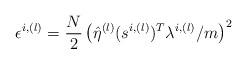
LaTeX: \begin{align*}\epsilon_{}^{i,(l)}=\frac{N}{2}\left(\hat{\eta}^{(l)}(s^{i,(l)})^T\lambda^{i,(l)}/m\right)^2\end{align*}